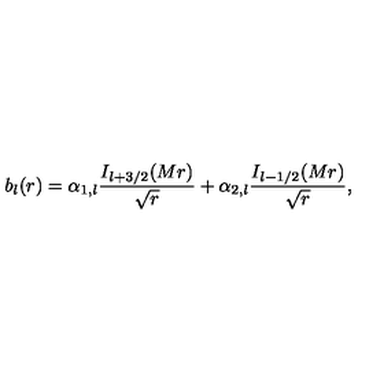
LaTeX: b _ { l } ( r ) = \alpha _ { 1 , l } { \frac { I _ { l + 3 / 2 } ( M r ) } { \sqrt { r } } } + \alpha _ { 2 , l } { \frac { I _ { l - 1 / 2 } ( M r ) } { \sqrt { r } } } ,